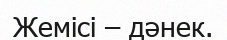
Жемісі – дәнек.